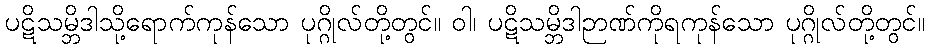
ပဋိသမ္ဘိဒါသို့ရောက်ကုန်သော ပုဂ္ဂိုလ်တို့တွင်။ ဝါ၊ ပဋိသမ္ဘိဒါဉာဏ်ကိုရကုန်သော ပုဂ္ဂိုလ်တို့တွင်။